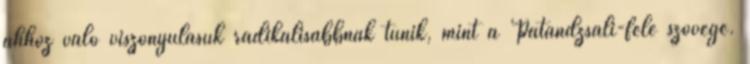
ahhoz való viszonyulásuk radikálisabbnak tűnik, mint a Patandzsali-féle szövegé.